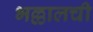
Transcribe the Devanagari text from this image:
भल्लालची